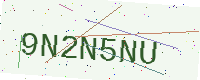
Text: 9N2N5NU